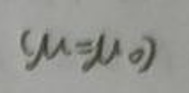
$(\mu = \mu_0)$